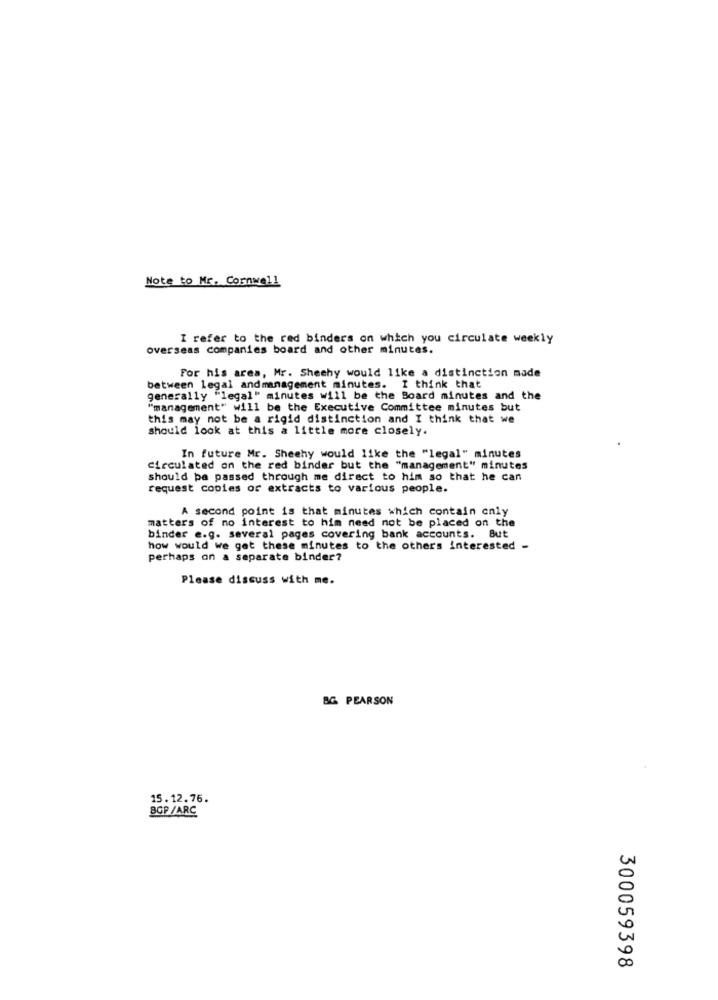
Note to Mr. Cornwell
I refer to the red binders on which you circulate weekly
overseas companies board and other minutes.
For his area, Mr. Sheehy would like a distinction made
between legal andmanagement minutes. I think that
generally "legal" minutes will be the Board minutes and the
"management" will be the Executive Committee minutes but
this may not be a rigid distinction and I think that we
should look at this a little more closely.
In future Mr. Sheehy would like the "legal" minutes
circulated on the red binder but the "management" minutes
should be passed through me direct to him so that he can
request copies or extracts to various people.
A second point is that minutes which contain only
matters of no interest to him need not be placed on the
binder e.g. several pages covering bank accounts. But
how would we get these minutes to the others interested -
perhaps on a separate binder?
Please discuss with me.
BG PEARSON
15.12.76.
BGP /ARC
300059398